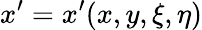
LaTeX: x^{\prime}=x^{\prime}(x,y,\xi,\eta)